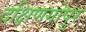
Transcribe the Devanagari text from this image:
दक्षिणगोपुर